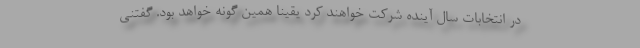
در انتخابات سال آینده شرکت خواهند کرد یقینا همین گونه خواهد بود. گفتنی